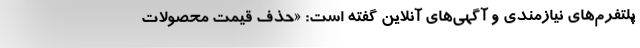
پلتفرم‌های نیازمندی و آگهی‌های آنلاین گفته است: «حذف قیمت محصولات